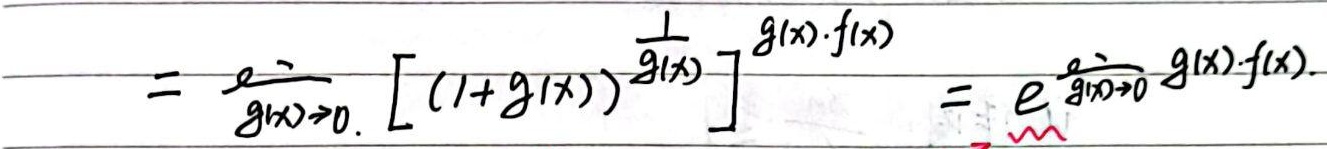
\[
=\lim_{g(x)\to 0} \left[(1 + g(x))^{\frac{1}{g(x)}}\right]^{g(x)\cdot f(x)} = e^{\lim_{g(x)\to 0} g(x)\cdot f(x)}.
\]